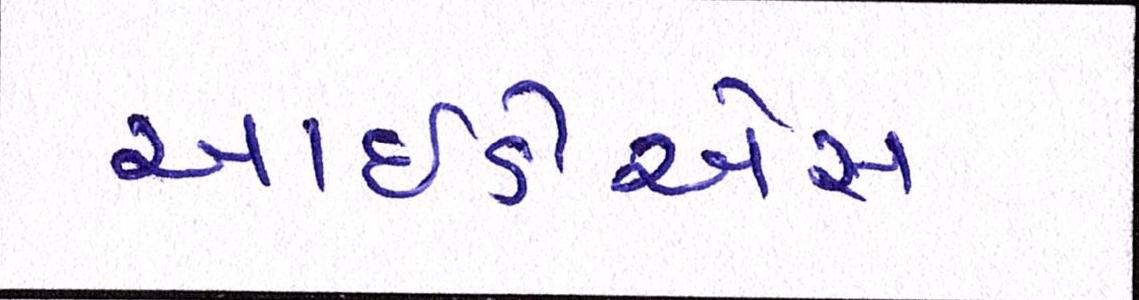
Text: આઈડીએસ